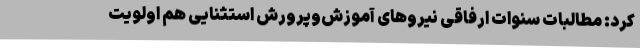
کرد: مطالبات سنوات ارفاقی نیروهای آموزش‌وپرورش استثنایی هم اولویت